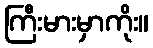
ကြီးမားမှာကိုး။